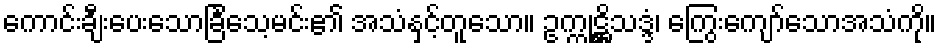
ကောင်းချီးပေးသောခြင်္သေ့မင်း၏ အသံနှင့်တူသော။ ဥက္ကုဋ္ဌိသဒ္ဒံ၊ ကြွေးကျော်သောအသံကို။